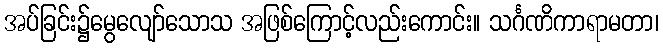
အပ်ခြင်း၌မွေလျော်သောသ အဖြစ်ကြောင့်လည်းကောင်း။ သင်္ဂဏိကာရာမတာ၊